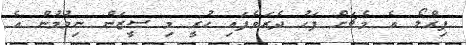
ޕިރްލޯ އެ މެޗަށް ފަހު ދެރަވެފައި ހުރީ މި ސީޒަން ނިމުމުން އެ